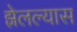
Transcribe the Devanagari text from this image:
झेलल्यास